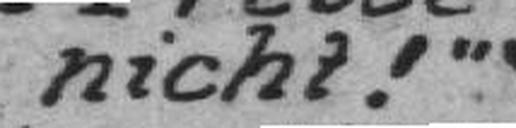
nicht!“